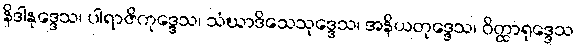
နိဒါနုဒ္ဒေသ၊ ပါရာဇိကုဒ္ဒေသ၊ သံဃာဒိသေသုဒ္ဒေသ၊ အနိယတုဒ္ဒေသ၊ ဝိတ္ထာရုဒ္ဒေသ